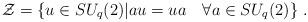
LaTeX: \begin{align*}{\cal Z}=\{u\in SU_q(2)|au=ua~~~ \forall a\in SU_q(2)\}~.\end{align*}